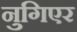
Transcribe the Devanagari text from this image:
नुगिएर